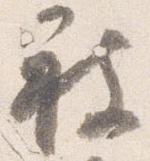
被